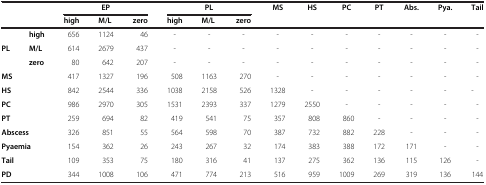
<table><thead><tr><td rowspan="2"><b> </b></td><td rowspan="2"><b> </b></td><td colspan="3"><b>EP</b></td><td colspan="3"><b>PL</b></td><td rowspan="2"><b>MS</b></td><td rowspan="2"><b>HS</b></td><td rowspan="2"><b>PC</b></td><td rowspan="2"><b>PT</b></td><td rowspan="2"><b>Abs.</b></td><td rowspan="2"><b>Pya.</b></td><td rowspan="2"><b>Tail</b></td></tr><tr><td><b>high</b></td><td><b>M/L</b></td><td><b>zero</b></td><td><b>high</b></td><td><b>M/L</b></td><td><b>zero</b></td></tr></thead><tbody><tr><td> </td><td><b>high</b></td><td>656</td><td>1124</td><td>46</td><td>-</td><td>-</td><td>-</td><td>-</td><td>-</td><td>-</td><td>-</td><td>-</td><td>-</td><td>-</td></tr><tr><td><b>PL</b></td><td><b>M/L</b></td><td>614</td><td>2679</td><td>437</td><td>-</td><td>-</td><td>-</td><td>-</td><td>-</td><td>-</td><td>-</td><td>-</td><td>-</td><td>-</td></tr><tr><td> </td><td><b>zero</b></td><td>80</td><td>642</td><td>207</td><td>-</td><td>-</td><td>-</td><td>-</td><td>-</td><td>-</td><td>-</td><td>-</td><td>-</td><td>-</td></tr><tr><td colspan="2"><b>MS</b></td><td>417</td><td>1327</td><td>196</td><td>508</td><td>1163</td><td>270</td><td>-</td><td>-</td><td>-</td><td>-</td><td>-</td><td>-</td><td>-</td></tr><tr><td colspan="2"><b>HS</b></td><td>842</td><td>2544</td><td>336</td><td>1038</td><td>2158</td><td>526</td><td>1328</td><td>-</td><td>-</td><td>-</td><td>-</td><td>-</td><td>-</td></tr><tr><td colspan="2"><b>PC</b></td><td>986</td><td>2970</td><td>305</td><td>1531</td><td>2393</td><td>337</td><td>1279</td><td>2550</td><td>-</td><td>-</td><td>-</td><td>-</td><td>-</td></tr><tr><td colspan="2"><b>PT</b></td><td>259</td><td>694</td><td>82</td><td>419</td><td>541</td><td>75</td><td>357</td><td>808</td><td>860</td><td>-</td><td>-</td><td>-</td><td>-</td></tr><tr><td colspan="2"><b>Abscess</b></td><td>326</td><td>851</td><td>55</td><td>564</td><td>598</td><td>70</td><td>387</td><td>732</td><td>882</td><td>228</td><td>-</td><td>-</td><td>-</td></tr><tr><td colspan="2"><b>Pyaemia</b></td><td>154</td><td>362</td><td>26</td><td>243</td><td>267</td><td>32</td><td>174</td><td>383</td><td>388</td><td>172</td><td>171</td><td>-</td><td>-</td></tr><tr><td colspan="2"><b>Tail</b></td><td>109</td><td>353</td><td>75</td><td>180</td><td>316</td><td>41</td><td>137</td><td>275</td><td>362</td><td>136</td><td>115</td><td>126</td><td>-</td></tr><tr><td colspan="2"><b>PD</b></td><td>344</td><td>1008</td><td>106</td><td>471</td><td>774</td><td>213</td><td>516</td><td>959</td><td>1009</td><td>269</td><td>319</td><td>136</td><td>144</td></tr></tbody></table>